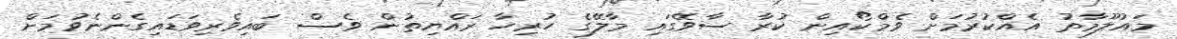
މައުލޫމާތު އެއްކުރުމަށް ވެމްކޯއިން ކުރާ ސާވޭގައި މާލޭގެ ހުރިހާ ރައްޔިތުން ވެސް ބައިވެރިވަޑައިގެންނެވުމަށް